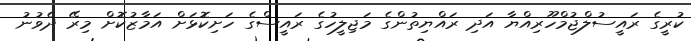
ކުރީގެ ރައީސުލްޖުމްހޫރިއްޔާ އަދި ރައްޔިތުންގެ މަޖިލީހުގެ ރައީސްގެ ހަށިކޮޅަށް އަމާޒުކޮށް މިރޭ ދެވުނު